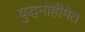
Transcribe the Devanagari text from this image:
युद्धमोहीमेत